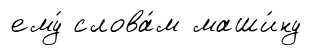
ему́ слова́м маши́ну